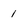
Character: 1